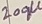
Text: 200µ